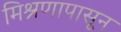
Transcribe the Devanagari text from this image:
मिश्रणापासून